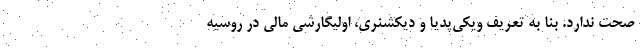
صحت ندارد. بنا به تعریف ویکی‌پدیا و دیکشنری، اولیگارشی مالی در روسیه